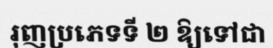
រុញប្រភេទទី ២ ឱ្យទៅជា